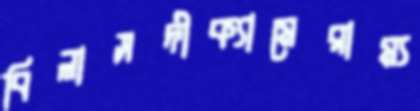
বিলাসদীক্যামেরাম্য